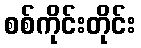
စစ်ကိုင်းတိုင်း